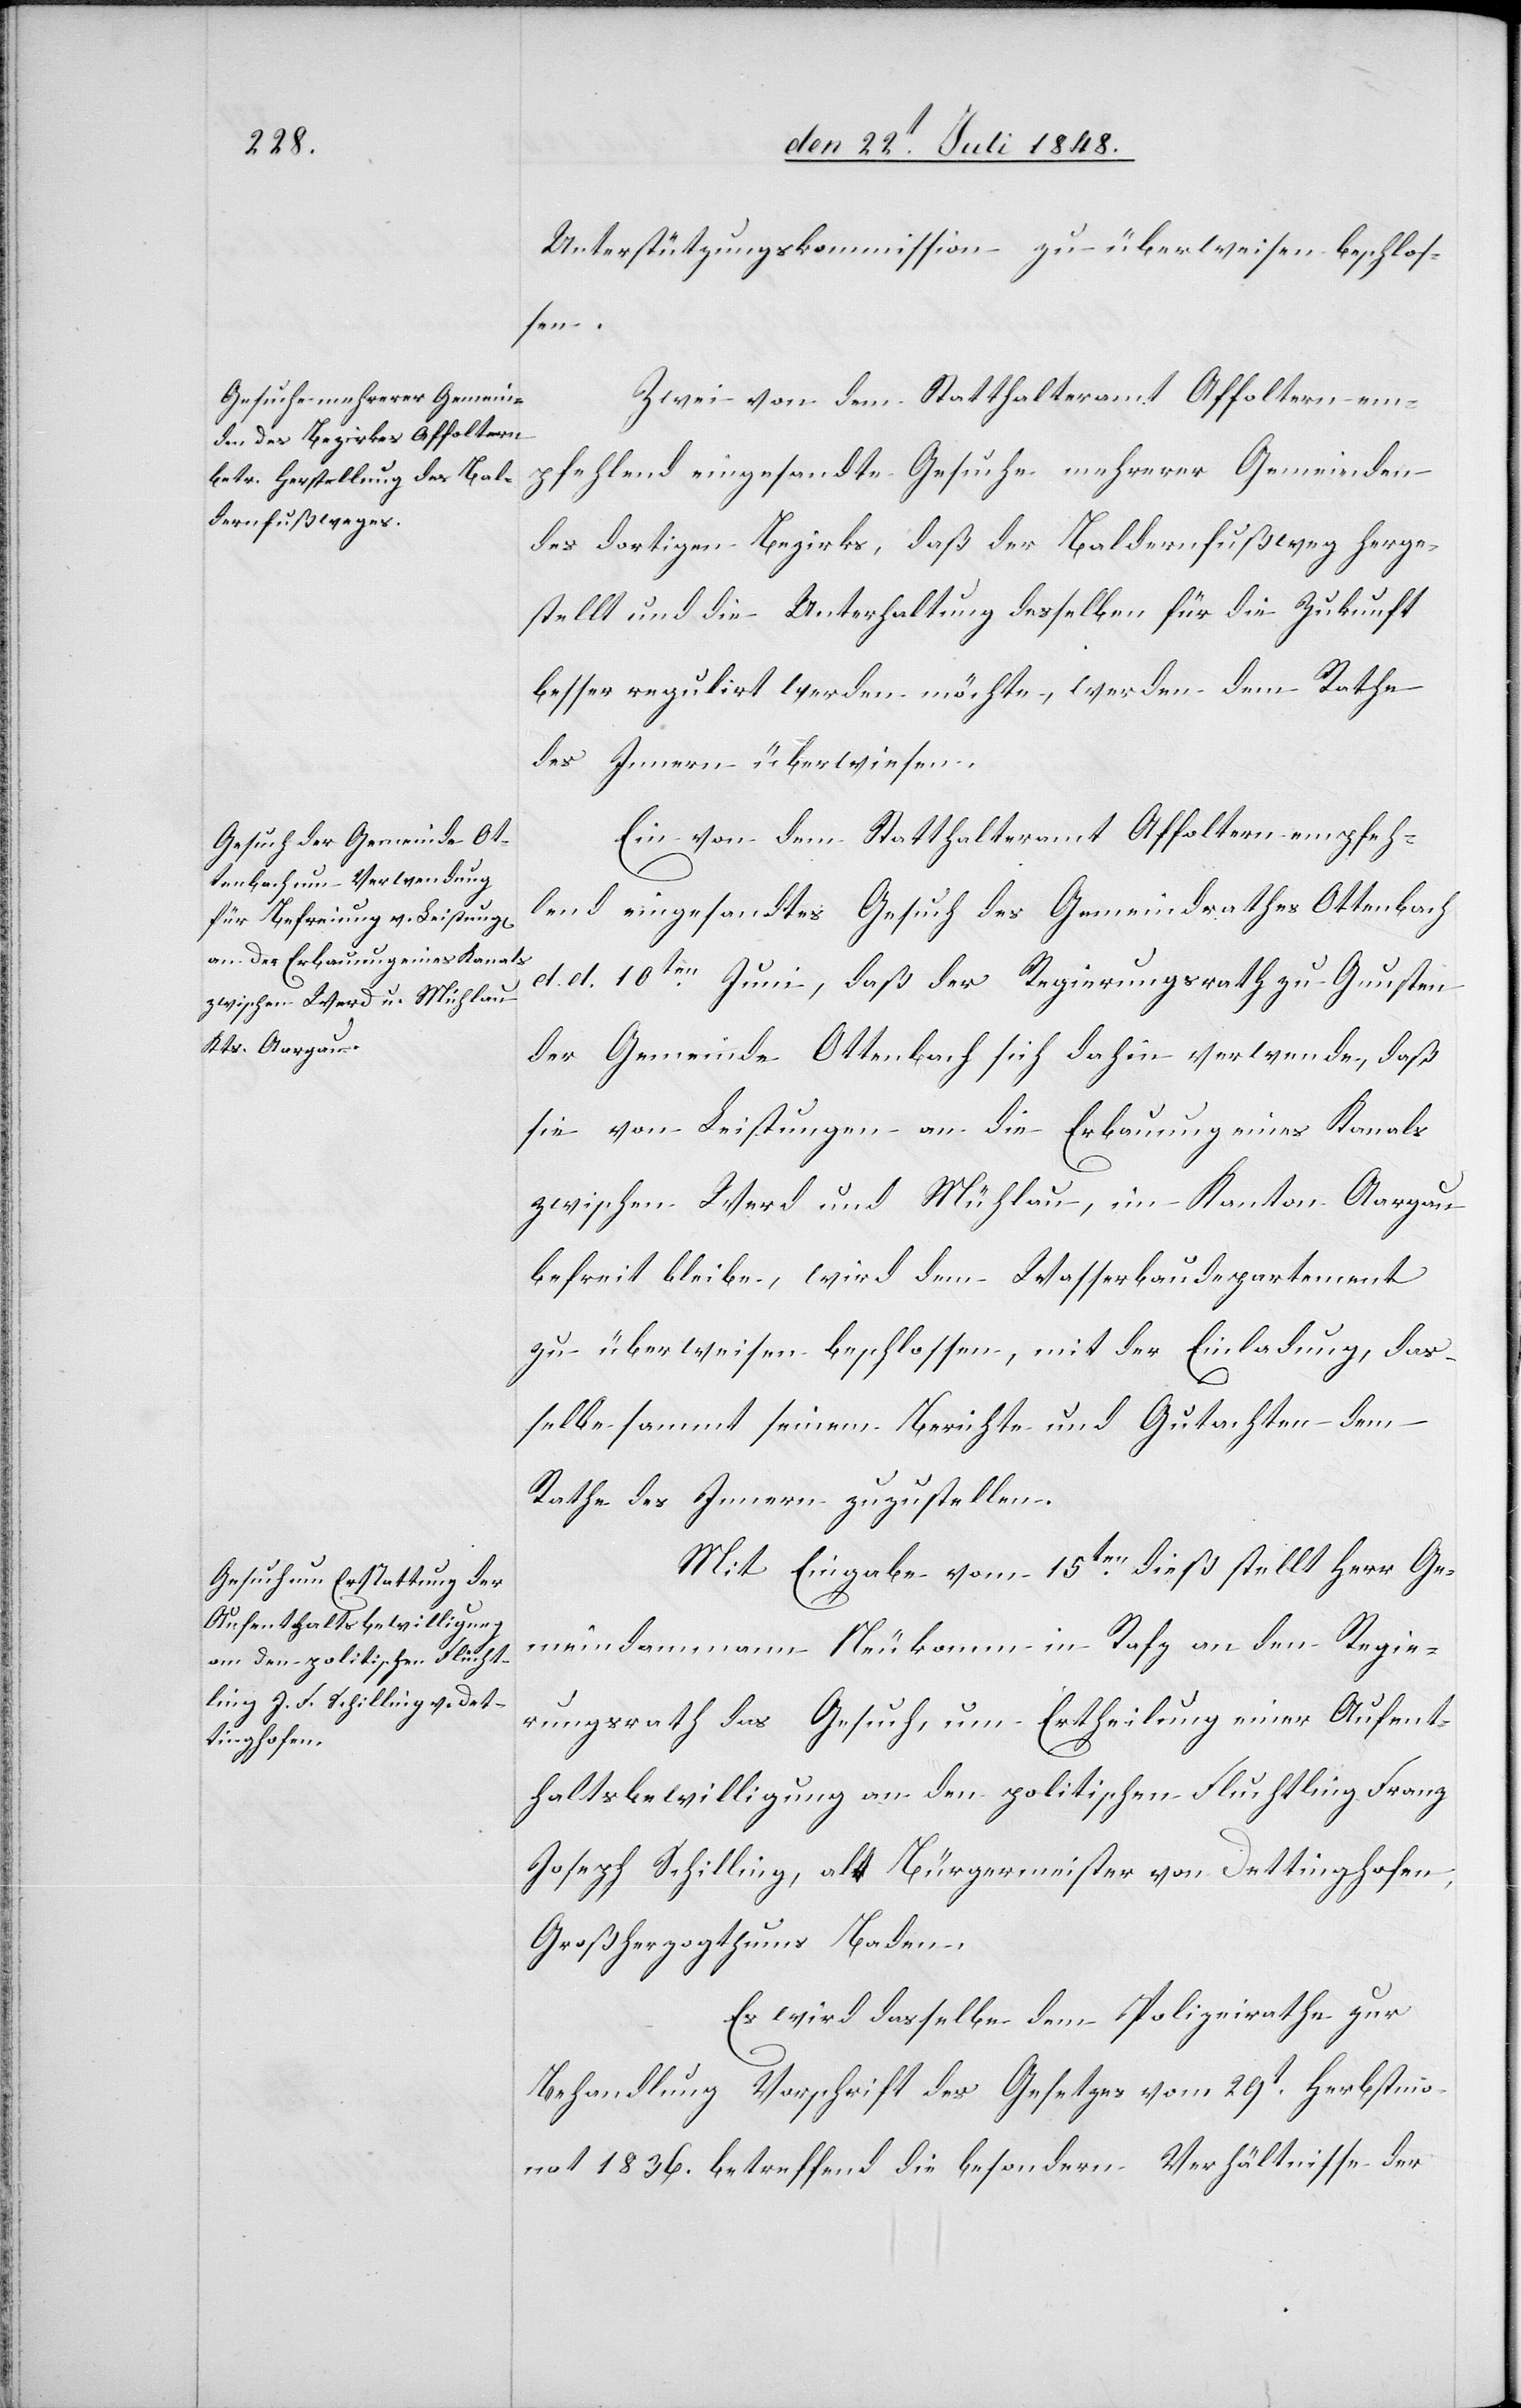
Untersuchungskommission zu überweisen beschlos¬
sen.
Zwei von dem Statthalteramt Affoltern em¬
pfehlend eingesandte Gesuche mehrerer Gemeinden
des dortigen Bezirks, daß der Baldernfußweg herge¬
stellt und die Unterhaltung desselben für die Zukunft
besser regulirt werden möchte, werden dem Rathe
des Innern überwiesen.
Ein von dem Statthalteramt Affoltern empfeh¬
lend eingesandtes Gesuch des Gemeindrathes Ottenbach
d. d. 10ten Juni, daß der Regierungsrath zu Gunsten
der Gemeinde Ottenbach sich dahin verwende, daß
sie von Leitungen an die Erbauung eines Kanals
zwischen Wird und Mühlau, im Kanton Aargau
befreit bleibe, wird dem Wasserbaudepartement
zu überweisen beschlossen, mit der Einladung, das¬
selbe sammt seinem Berichte und Gutachten dem
Rathe des Innern zuzustellen.
Mit Eingabe vom 15ten dieß stellt Herr Ge¬
meindammann Neukomm in Rafz an den Regie¬
rungsrath das Gesuch, um Ertheilung einer Aufent¬
haltsbewilligung an den politischen Fluchtling [sic!]
Joseph Schilling, alt Bürgermeister von Dettinghofen,
Großherzogthums Baden.
Es wird dasselbe dem Polizeirathe zur
Behandlung Vorschrift des Gesetzes vom 29t Herbstmo¬
nat 1836. betreffend die besondern Verhältnisse der